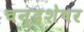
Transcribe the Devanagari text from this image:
चन्द्रशेषर